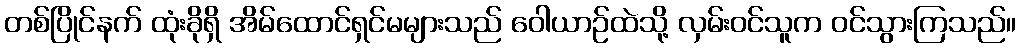
တစ်ပြိုင်နက် ထုံးခိုရှိ အိမ်ထောင်ရှင်မများသည် ဝေါယာဉ်ထဲသို့ လှမ်းဝင်သူက ဝင်သွားကြသည်။